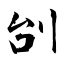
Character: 刣